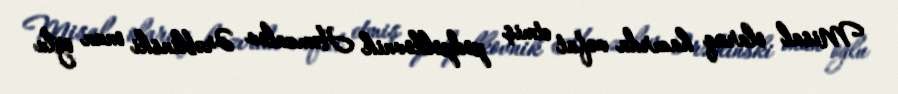
Misal olaraq hazırda vəfat etmiş podpolkovnik Həmzalov Ərəblinski onun oğlu